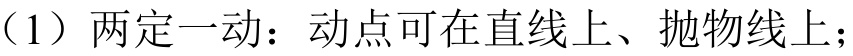
（1）两定一动：动点可在直线上、抛物线上；